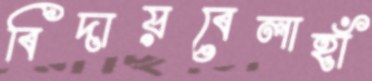
বিদায়বেলাহাঁ